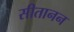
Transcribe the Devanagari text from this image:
सीतानन